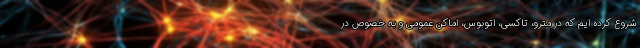
شروع کرده ایم که در مترو، تاکسی، اتوبوس، اماکن عمومی و به خصوص در